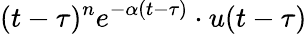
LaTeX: (t-\tau)^{n}e^{-\alpha(t-\tau)}\cdot u(t-\tau)